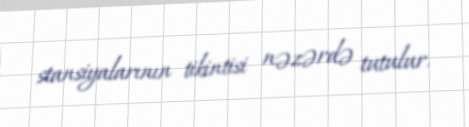
stansiyalarının tikintisi nəzərdə tutulur.